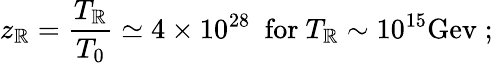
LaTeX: z_{\mathbb{R}}=\frac{{T_{\mathbb{R}}}}{{T_{0}}}\simeq4\times10^{28}~~\mathrm{{for}}~T_{\mathbb{R}}\sim10^{15}\mathrm{{Gev}}\; ;